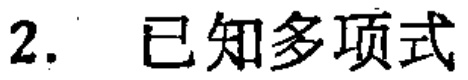
2. 已知多项式